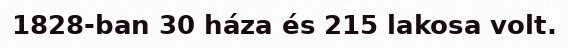
1828-ban 30 háza és 215 lakosa volt.